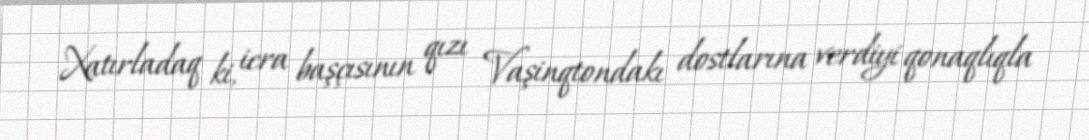
Xatırladaq ki, icra başçısının qızı Vaşinqtondakı dostlarına verdiyi qonaqlıqla